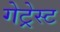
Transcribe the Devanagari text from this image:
गेट्रेस्ट